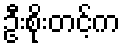
ဦးစိုးတင့်က